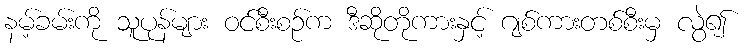
နမ့်ခမ်းကို သူပုန်များ ဝင်စီးစဉ်က ဒီဆိုတိုကားနှင့် ဂျစ်ကားတစ်စီးမှ လွဲ၍